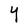
Character: Y